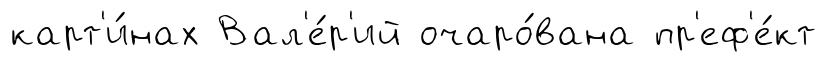
карт'и́нах Вал'е́р'ий очаро́вана пр'еф'е́кт